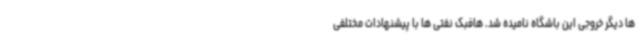
ها دیگر خروجی این باشگاه نامیده شد. هافبک نفتی ها با پیشنهادات مختلفی